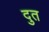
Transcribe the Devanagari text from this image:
दुत